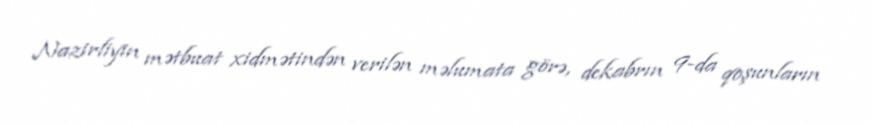
Nazirliyin mətbuat xidmətindən verilən məlumata görə, dekabrın 9-da qoşunların